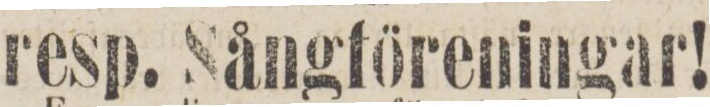
resp. Sångföreningar!